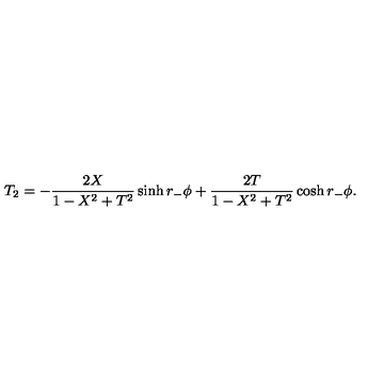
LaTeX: T _ { 2 } = - { \frac { 2 X } { 1 - X ^ { 2 } + T ^ { 2 } } } \sinh r _ { - } \phi + { \frac { 2 T } { 1 - X ^ { 2 } + T ^ { 2 } } } \cosh r _ { - } \phi .